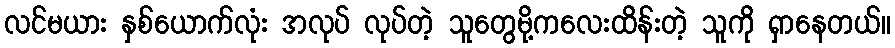
လင်မယား နှစ်ယောက်လုံး အလုပ် လုပ်တဲ့ သူတွေမို့ကလေးထိန်းတဲ့ သူကို ရှာနေတယ်။